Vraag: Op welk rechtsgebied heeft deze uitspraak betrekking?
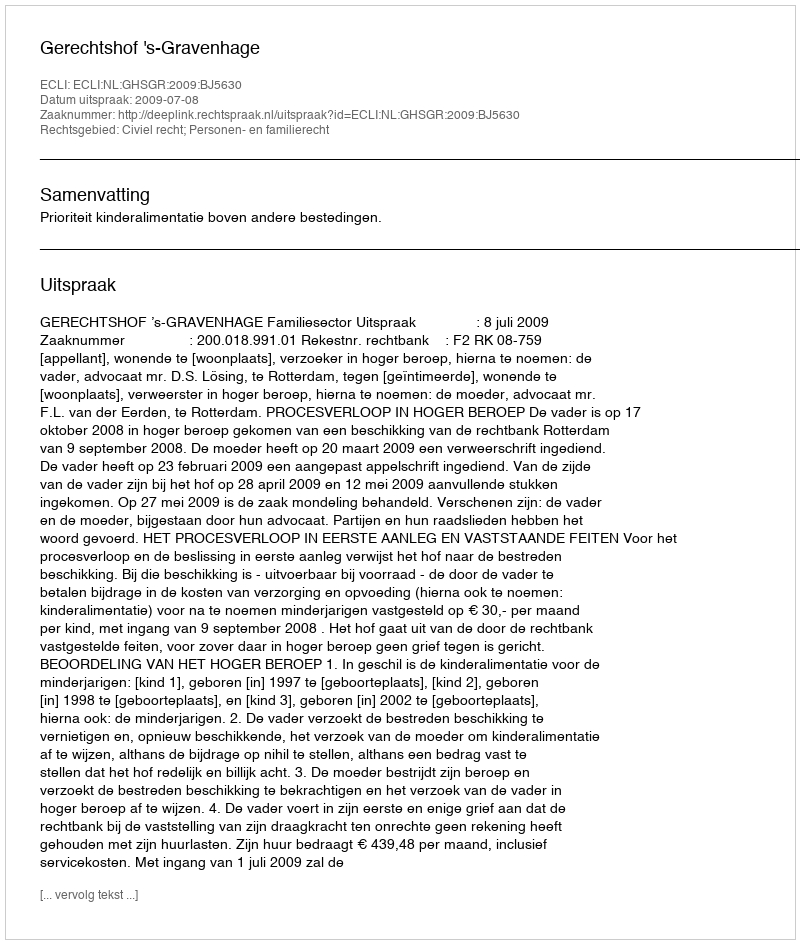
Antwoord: Civiel recht; Personen- en familierecht